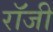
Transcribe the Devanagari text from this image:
राॅजी